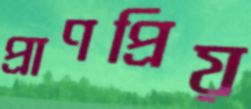
প্রাণপ্রিয়